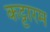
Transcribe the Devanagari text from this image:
कट्टारम